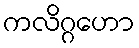
ကလိဂ္ဂဟော